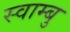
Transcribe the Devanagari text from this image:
स्वाम्बु